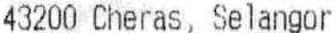
43200 CHERAS, SELANGOR